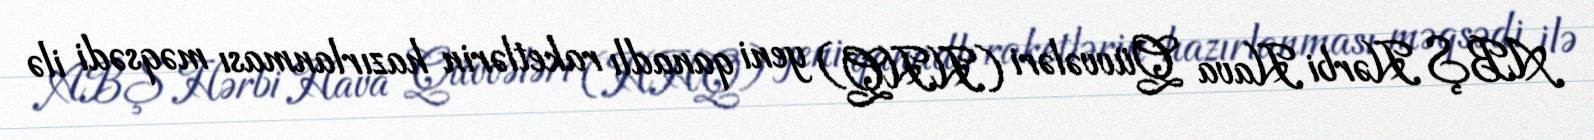
ABŞ Hərbi Hava Qüvvələri (HHQ) yeni qanadlı raketlərin hazırlanması məqsədi ilə